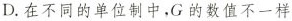
D. 在不同的单位制中，G 的数值不一样